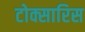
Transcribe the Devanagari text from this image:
टोक्सारिस